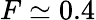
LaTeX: F\simeq 0.4